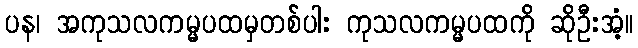
ပန၊ အကုသလကမ္မပထမှတစ်ပါး ကုသလကမ္မပထကို ဆိုဦးအံ့။